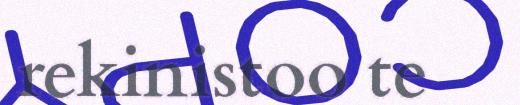
rekinistoo te